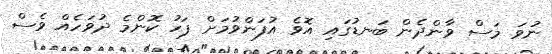
ނުވަ މަސް ވާންދެން ބަނޑުގައި އޮވެ އުފަންވުމަށް ފަހު ކޮންމެ ދުވަހެއް ވެސް